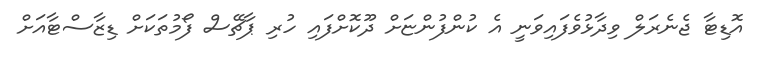
އޮޑިޓާ ޖެނެރަލް ވިދާޅުވެފައިވަނީ އެ ކުންފުންޏަށް ދޫކޮށްފައި ހުރި ޕާޗޭސް ފޯމުތަކަށް ޑިޒާސްޓާއަށް